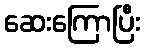
ဆေးကြောပြီး